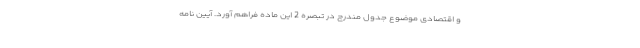
و اقتصادی موضوع جدول مندرج در تبصره 2 این ماده فراهم آورد. آیین نامه